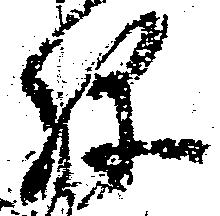
弥